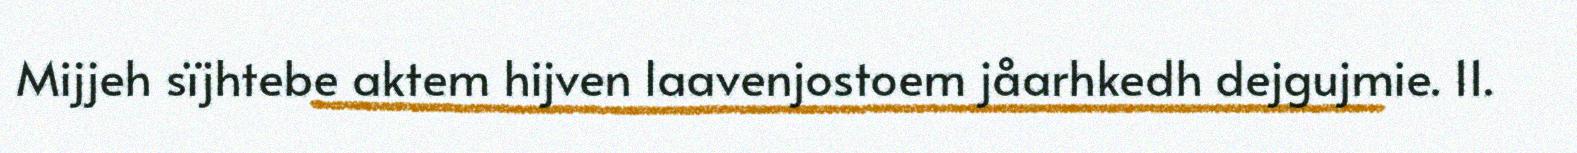
Mijjeh sïjhtebe aktem hijven laavenjostoem jåarhkedh dejgujmie. 11.